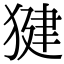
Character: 𭸠